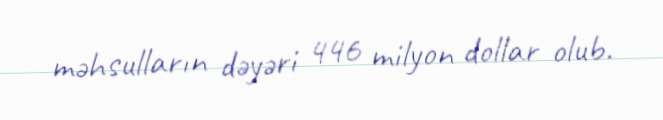
məhsulların dəyəri 446 milyon dollar olub.